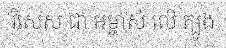
វិសេស ជា អម្ចាស់ លើ ត្បូង